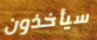
سيأخذون